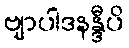
ဗျာပါဒနန္ဒီပိ